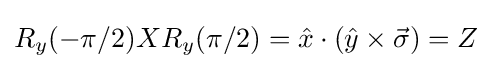
R_{y}(-\pi /2)XR_{y}(\pi /2)={\hat {x}}\cdot ({\hat {y}}\times {\vec {\sigma }})=Z